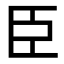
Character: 臣